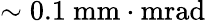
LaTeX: \mathrm{\sim 0.1\ mm\cdot mrad}